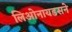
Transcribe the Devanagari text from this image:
लिओनायडसने